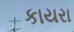
કાયરા